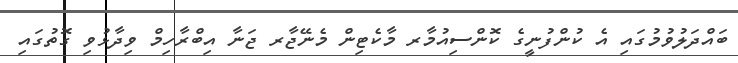
ބައްދަލުވުމުގައި އެ ކުންފުނީގެ ކޮންސިއުމާރ މާކެޓިން މެނޭޖާރ ޖަނާ އިބްރާހިމް ވިދާޅުވި ގޮތުގައި